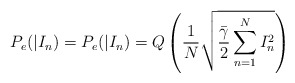
\begin{align*}{{P}_{e}}(|{{I}_{n}})={{P}_{e}}(|{{I}_{n}})=Q\left( \frac{1}{N}\sqrt{\frac{{\bar{\gamma }}}{2}\sum\limits_{n=1}^{N}{I_{n}^{2}}} \right)\end{align*}